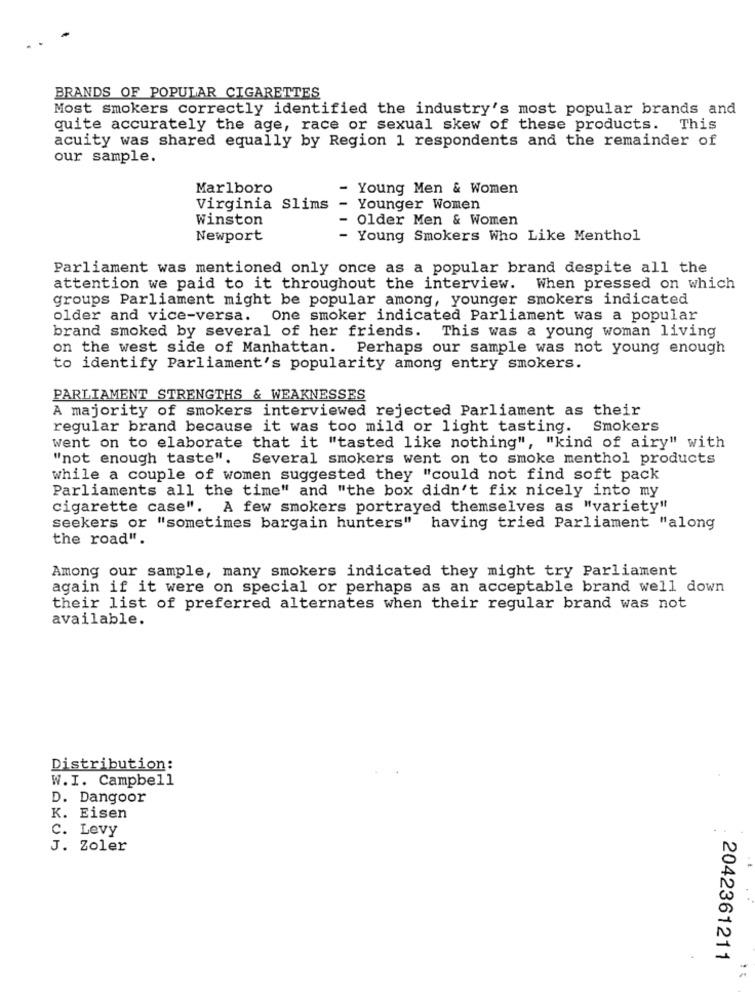
BRANDS OF POPULAR CIGARETTES
Most smokers correctly identified the industry's most popular brands and
quite accurately the age, race or sexual skew of these products. This
acuity was shared equally by Region 1 respondents and the remainder of
our sample.
Marlboro
- Young Men & Women
Virginia Slims
-
Younger Women
Winston
Older Men & Women
Newport
- Young Smokers Who Like Menthol
Parliament was mentioned only once as a popular brand despite all the
attention we paid to it throughout the interview. When pressed on which
groups Parliament might be popular among, younger smokers indicated
older and vice-versa. One smoker indicated Parliament was a popular
brand smoked by several of her friends. This was a young woman living
on the west side of Manhattan.
Perhaps our sample was not young enough
to identify Parliament's popularity among entry smokers.
PARLIAMENT STRENGTHS & WEAKNESSES
A majority of smokers interviewed rejected Parliament as their
regular brand because it was too mild or light tasting.
Smokers
went on to elaborate that it "tasted like nothing", "kind of airy" with
"not enough taste".
Several smokers went on to smoke menthol products
while a couple of women suggested they "could not find soft pack
Parliaments all the time" and "the box didn't fix nicely into my
cigarette case".
A few smokers portrayed themselves as "variety"
seekers or "sometimes bargain hunters" having tried Parliament "along
the road".
Among our sample, many smokers indicated they might try Parliament
again if it were on special or perhaps as an acceptable brand well down
their list of preferred alternates when their regular brand was not
available.
Distribution:
W.I. Campbell
D. Dangoor
K. Eisen
C. Levy
J. Zoler
2042361211